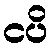
ငပိ